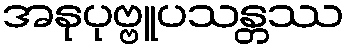
အနုပုဗ္ဗူပသန္တဿ